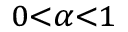
\scriptstyle 0 < \alpha < 1